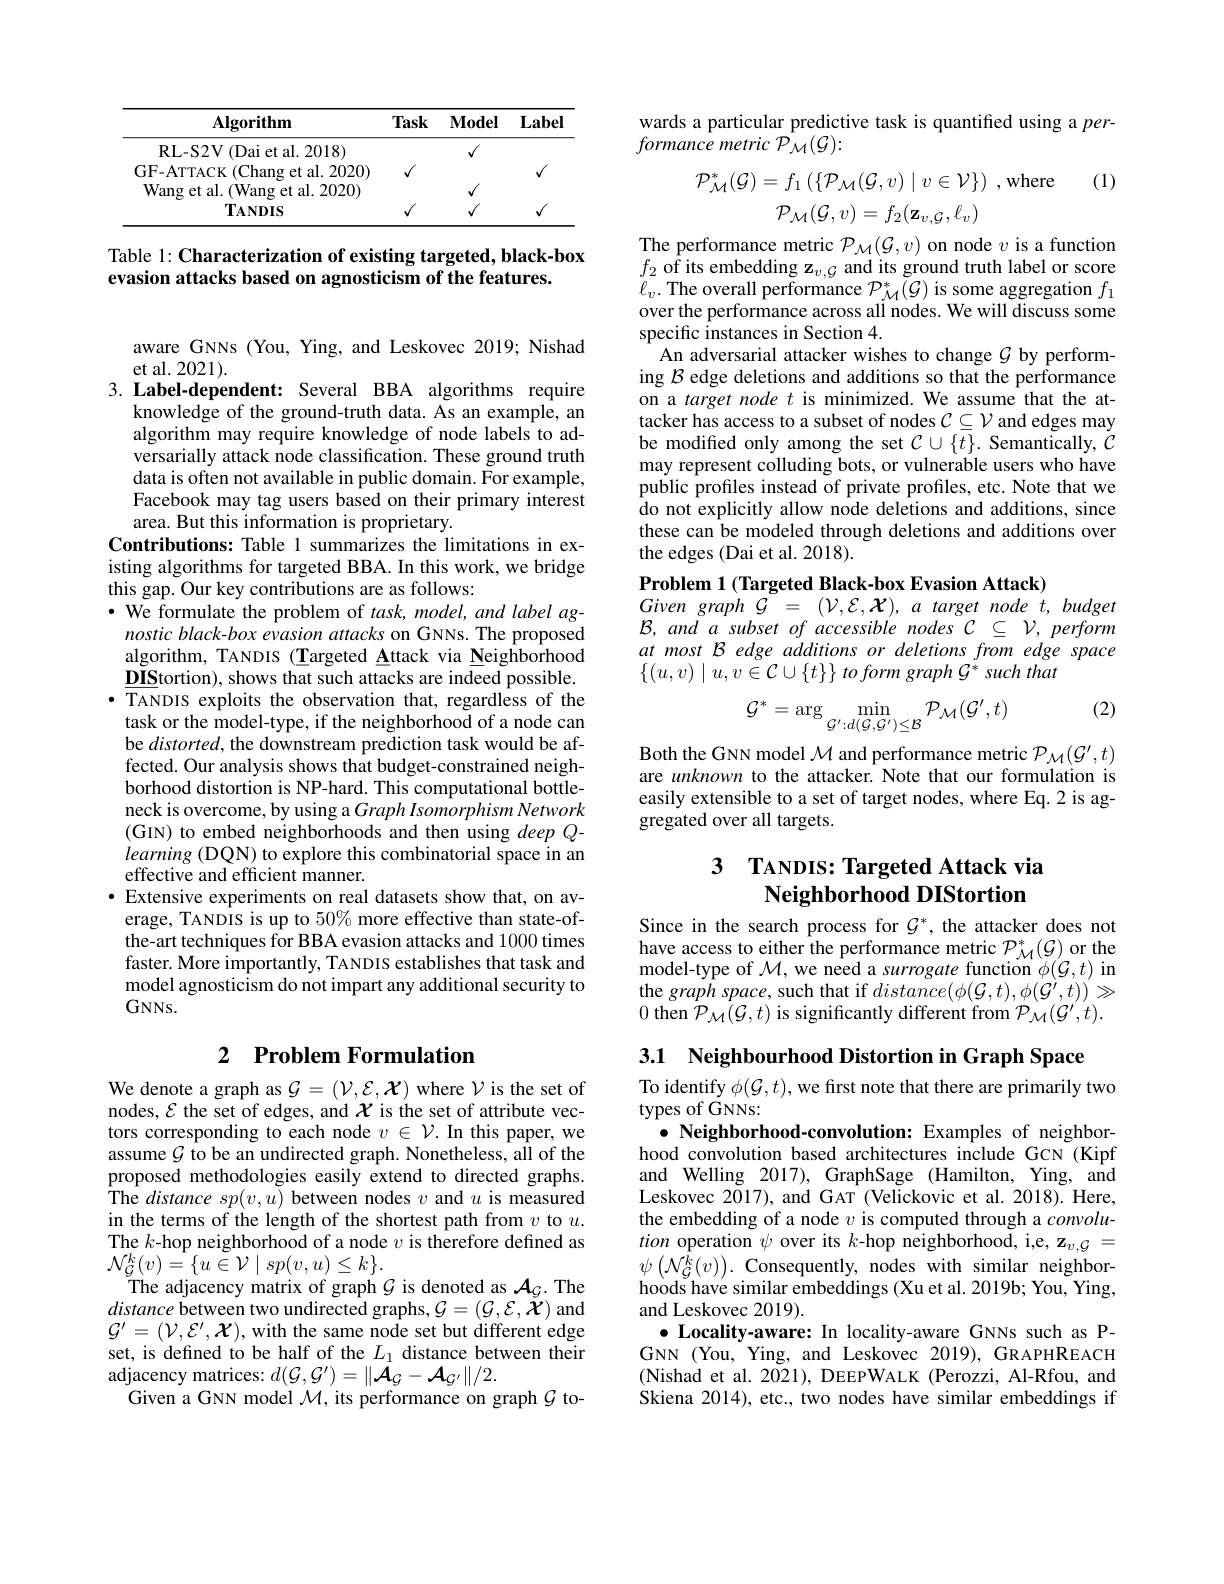
<table>
	<tbody>
		<tr>
			<th>$\mathbf{Algorithm}$</th>
			<th>Task</th>
			<th>$\mathbf{Model}$</th>
			<th>Label</th>
		</tr>
		<tr>
			<td>RL- S2V( (Dai et al. 2018)</td>
			<td> </td>
			<td>$√$</td>
			<td> </td>
		</tr>
		<tr>
			<td>GF-ATTACK (Chang et al. 2020) Wang et al. (Wang et al. 2020) $\mathbf{T}_{\mathbf{ANDIS}}$</td>
			<td>$√$</td>
			<td>$√$</td>
			<td>$√$</td>
		</tr>
	</tbody>
</table>

Table 1: Characterization of existing targeted, black-box
evasion attacks based on agnosticism of the features.

aware GNNs (You, Ying, and Leskovec 2019; Nishad
et al. 2021).
3. Label-dependent: Several BBA algorithms require

knowledge of the ground-truth data. As an example, an algorithm may require knowledge of node labels to adversarially attack node classification. These ground truth data is often not available in public domain. For example, Facebook may tag users based on their primary interest area. But this information is proprietary.
Contributions: Table 1 summarizes the limitations in existing algorithms for targeted BBA. In this work, we bridge this gap. Our key contributions are as follows:
$\cdot$ We formulate the problem of $task,model,andlabelag-$ nostic black-box evasion attacks on GNNs. The proposed algorithm, TANDIS (Targeted Attack via Neighborhood $\underline{\mathbf{DIS}}$tortion), shows that such attacks are indeed possible. $\bullet$ TANDIS exploits the observation that, regardless of the task or the model-type, if the neighborhood of a node can be $distorted$, the downstream prediction task would be affected. Our analysis shows that budget-constrained neighborhood distortion is NP-hard. This computational bottleneck is overcome, by using a Graph Isomorphism Network (GIN) to embed neighborhoods and then using $deepQ-$ learning (DQN) to explore this combinatorial space in an effective and efficient manner.
$\bullet$ Extensive experiments on real datasets show that, on average, TANDIS is up to $50\%$ more effective than state-ofthe-art techniques for BBA evasion attacks and 1000 times faster. More importantly, TANDIS establishes that task and model agnosticism do not impart any additional security to $GNNs.$

## 2 $\textbf{Problem Formulation}$

We denote a graph as $\mathcal{G}=(\mathcal{V},\mathcal{E},\mathcal{X})$ where $\mathcal{V}$ is the set of nodes, $\mathcal{E}$ the set of edges, and $\mathcal{X}$ is the set of attribute vectors corresponding to each node $v\in\mathcal{V}.$ In this paper, we assume $\mathcal{G}$ to be an undirected graph. Nonetheless, all of the proposed methodologies easily extend to directed graphs. The $distancesp(v,u)$ between nodes $v$ and $u$ is measured in the terms of the length of the shortest path from $v$ to $u.$ The $k$-hop neighborhood of a node $v$ is therefore defined as $\mathcal{N}_{\mathcal G}^{k}(v)=\{u\stackrel{\sim}{\operatorname*{\operatorname*{\longrightarrow}}}\mathcal{V}\mid sp(v,u)\leq k\}.$
The adjacency matrix of graph $\mathcal{G}$ is denoted as $\mathcal{A}_G.$ The distance between two undirected graphs$,\mathcal{G}=(\mathcal{G},\mathcal{E},\check{\mathcal{X}})$ and $\mathcal{G}^{\prime}=(\mathcal{V},\mathcal{E}^{\prime},\mathcal{X})$,with the same node set but different edge set, is defined to be half of the $L_1$ distance between their ${\mathrm{adjacency~matrices: ~}}d( \mathcal{G} , \mathcal{G} ^{\prime }) = \| \mathcal{A} _{\mathcal{G} }- \mathcal{A} _{\mathcal{G} ^{\prime }}\| / 2.$
Given a GNN model $\mathcal{M}$, its performance on graph $\mathcal{G}$ to-

wards a particular predictive task is quantified using a $per-$
formance metric P$\hat{\mathcal M}(\mathcal{G}):$

(1)
$$\mathcal{P}_{\mathcal{M}}^{*}(\mathcal{G})=f_{1}\left(\{\mathcal{P}_{\mathcal{M}}(\mathcal{G},v)\mid v\in\mathcal{V}\}\right)\:,\mathrm{where}\\\mathcal{P}_{\mathcal{M}}(\mathcal{G},v)=f_{2}(\mathbf{z}_{v,\mathcal{G}},\ell_{v})$$
The performance metric $\mathcal{P}_\mathcal{M}(\mathcal{G},v)$ on node $v$ is a function $\begin{array}{l}f_{2}\text{ of its embedding z}_{v,\mathcal{G}}\text{ and its ground truth label or score}\\\ell_{v}.\text{ The overall performance }\mathcal{P}_{\mathcal{M}}^{*}(\mathcal{G})\text{ is some aggregation }f_{1}\end{array}$ over the performance across all nodes. We will discuss some specific instances in Section 4.
An adversarial attacker wishes to change $\mathcal{G}$ by performing $\mathcal{B}$ edge deletions and additions so that the performance on a target node $t$ is minimized. We assume that the attacker has access to a subset of nodes $\mathcal{C}\subseteq\mathcal{V}$ and edges may be modified only among the set $\mathcal{C} \cup \{ t\} .$ Semantically, $\dot{\mathcal{C} }$ may represent colluding bots, or vulnerable users who have public profiles instead of private profiles, etc. Note that we do not explicitly allow node deletions and additions, since these can be modeled through deletions and additions over the edges (Dai et al. 2018).

Problem 1 (Targeted Black-box Evasion Attack)
Givengraph ${\mathcal{G} }$ = $( \mathcal{V} , \mathcal{E} , \mathcal{X} ) $, $a$ target node $t$, budget $\mathcal{B},andasubsetofaccessiblenodesC\subseteq\mathcal{V},perform$ atmostBedgeadditionsordeletionsfromedgespace $\{ ( u, v) \mid u, v\in \mathcal{C} \cup \{ t\} \} \textit{ to form graph G}^{* }$ such that

(2)
$$\mathcal{G}^{*}=\arg\min_{\mathcal{G}^{\prime}:d(\mathcal{G},\mathcal{G}^{\prime})\leq\mathcal{B}}\mathcal{P}_{\mathcal{M}}(\mathcal{G}^{\prime},t)$$
Both the GNN model $\mathcal{M}$ and performance metric $\mathcal{P}_\mathcal{M}(\mathcal{G}^\prime,t)$ are unknown to the attacker. Note that our formulation is easily extensible to a set of target nodes, where Eq.2 is aggregated over all targets.

## 3 TANDIS: Targeted Attack via Neighborhood DIStortion

Since in the search process for $\mathcal{G}^*$, the attacker does not have access to either the performance metric $\mathcal{P}_{\mathcal M}^*(\mathcal{G})$ or the model-type of $\mathcal{M}$,we need a surrogate function $\phi(\mathcal{G},t)$ in the graph space, such that if $distance(\phi(\mathcal{G},t),\phi(\dot{\mathcal{G}}^{\prime},t))\gg$ 0 then $\mathcal{P}_{\mathcal M}(\mathcal{G},t)$ is significantly different from $\mathcal{P}_{\mathcal M}(\mathcal{G}^{\prime},t).$

3.1 Neighbourhood Distortion in Graph Space
To identify $\phi(\mathcal{G},t)$, we first note that there are primarily two
types of GNNs:

$\bullet$ Neighborhood-convolution: Examples of neighborhood convolution based architectures include GCN (Kipf and Welling 2017), GraphSage (Hamilton, Ying, and Leskovec 2017), and GAT (Velickovic et al.2018). Here, the embedding of a node $v$ is computed through a $convolu-$ tion operation $\psi$ over its $k$-hop neighborhood, i,e, z$_v,\mathcal{G}=$ $\psi\left(\mathcal{N}_{\mathcal{G}}^{\bar{k}}(v)\right).$Consequently, nodes with similar neighborhoods have similar embeddings (Xu et al. 2019b; You, Ying, and Leskovec 2019).
$\bullet$ Locality-aware: In locality-aware GNNs such as PGNN (You, Ying, and Leskovec 2019), GRAPHREACH (Nishad et al. 2021), DEEPWALK (Perozzi, Al-Rfou, and Skiena 2014), etc., two nodes have similar embeddings if